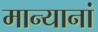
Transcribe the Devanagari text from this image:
मान्यानां